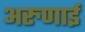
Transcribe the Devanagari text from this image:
अरुणाई